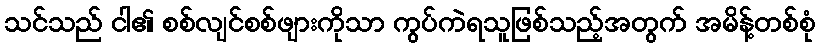
သင်သည် ငါ၏ စစ်လျင်စစ်ဖျားကိုသာ ကွပ်ကဲရသူဖြစ်သည့်အတွက် အမိန့်တစ်စုံ